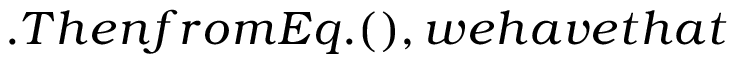
. T h e n f r o m E q . ( ) , w e h a v e t h a t